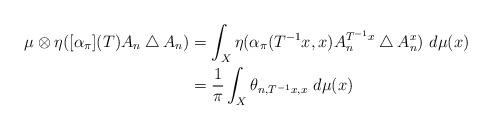
LaTeX: \begin{align*}\mu \otimes \eta([\alpha_\pi](T) A_n \bigtriangleup A_n) & = \int_X \eta(\alpha_\pi(T^{-1}x,x) A_n^{T^{-1}x} \bigtriangleup A_n^x)\ d\mu(x)\\& = \frac{1}{\pi} \int_X \theta_{n,T^{-1}x,x}\ d\mu(x)\end{align*}